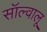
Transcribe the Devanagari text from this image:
सॉल्वालू